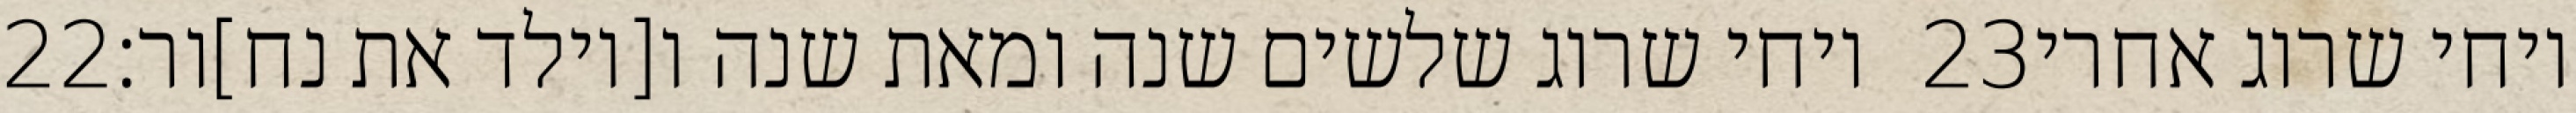
‎22‏ ויחי שרוג שלשים שנה ומאת שנה ו[יולד את נח]ור׃ ‎23‏ ויחי שרוג אחרי